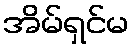
အိမ်ရှင်မ